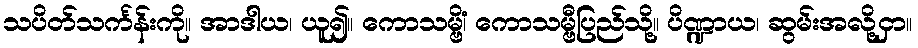
သပိတ်သင်္ကန်းကို။ အာဒါယ၊ ယူ၍။ ကောသမ္ဗိံ၊ ကောသမ္ဗီပြည်သို့။ ပိဏ္ဍာယ၊ ဆွမ်းအလို့ငှာ။